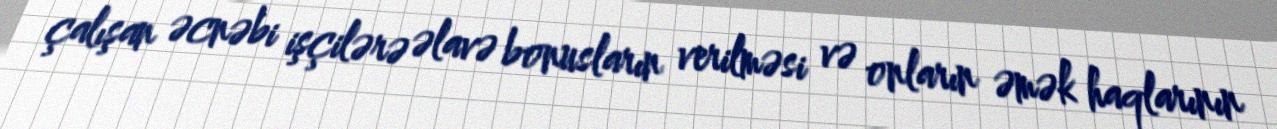
çalışan əcnəbi işçilərə əlavə bonusların verilməsi və onların əmək haqlarının